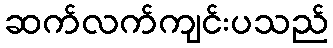
ဆက်လက်ကျင်းပသည်